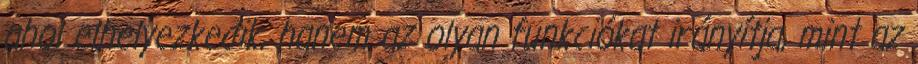
ahol elhelyezkedik, hanem az olyan funkciókat irányítja, mint az